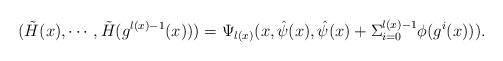
\begin{align*}(\tilde{H}(x), \cdots, \tilde{H}(g^{l(x)-1}(x))) =\Psi_{l(x)}(x,\hat\psi(x),\hat\psi(x)+\Sigma^{l(x)-1}_{i=0}\phi(g^i(x)) ). \end{align*}